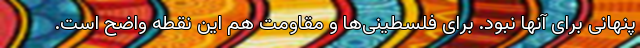
پنهانی برای آنها نبود. برای فلسطینی‌ها و مقاومت هم این نقطه واضح است.